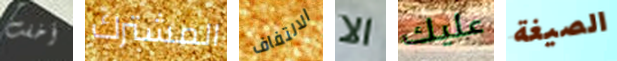
أخفت المشترك الالتفاف الا عليك الصيغة